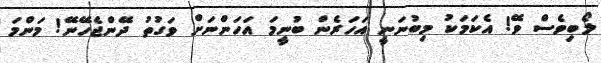
ލޯބިވެސް ވޭ! އެކަމަކު މިބުނަނީ އަހަރެން ބުނީމަ އަހަންނަށް ވަގުތު ދޭންޖެހޭނޭ! މަންމަ